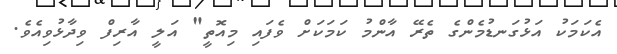
އެކަމަކު އަޅުގަނޑުމެންގެ ތެރޭ އާންމު ކަމަކަށް ވެފައި މިއޮތީ" އަލީ އާރިފް ވިދާޅުވިއެވެ.